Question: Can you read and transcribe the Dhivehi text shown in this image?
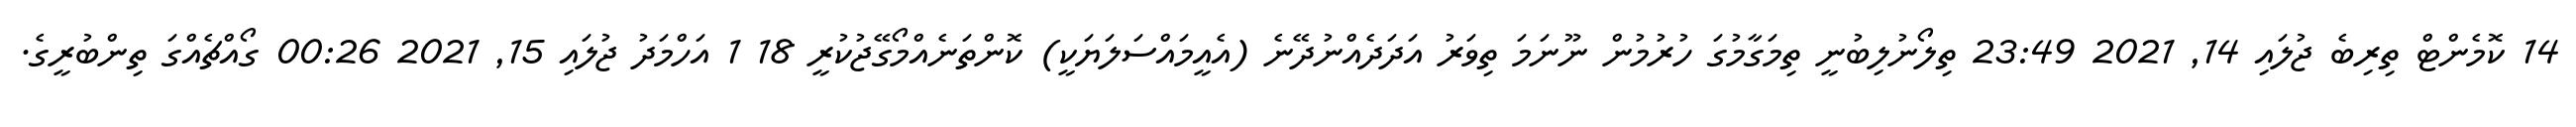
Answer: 14 ކޮމެންޓް ތިރިބެ ޖުލައި 14, 2021 23:49 ތިލޯނުލިބުނީ ތިމަގާމުގަ ހުރުމުން ނޫނަމަ ތިވަރު އަދަދެއްނުދޭނެ (އެއީމައްސަލަޔަކީ) ކޮންތަނެއްމޯގޭޖުކުރީ 18 1 އަހްމަދު ޖުލައި 15, 2021 00:26 ގޯއްޗެއްގަ ތިންބުރީގެ.